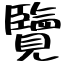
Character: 覽